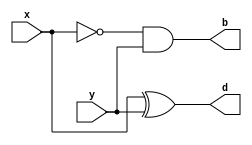
/* 
 * Do not change Module name 
*/
module halfsub(x,y,d,b);
      input x,y;
      output d,b;
      assign d=x^y;
      assign b=~x&y;
endmodule

module test;
      reg x1,y1;
      wire s1,c1;
      halfsub g1(x1,y1,s1,c1);
   initial begin
       //$dumpfile("dump1.vcd");
       //$dumpvars(0,test);
       $display("x\ty\td\tb");
       $monitor("%b\t%b\t%b\t%b",x1,y1,s1,c1);
       x1=0; y1=0;
    #10 x1=0; y1=1;
    end
endmodule